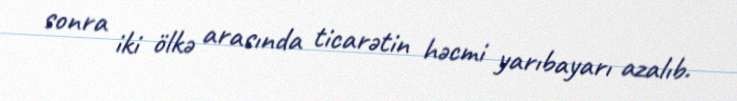
sonra iki ölkə arasında ticarətin həcmi yarıbayarı azalıb.